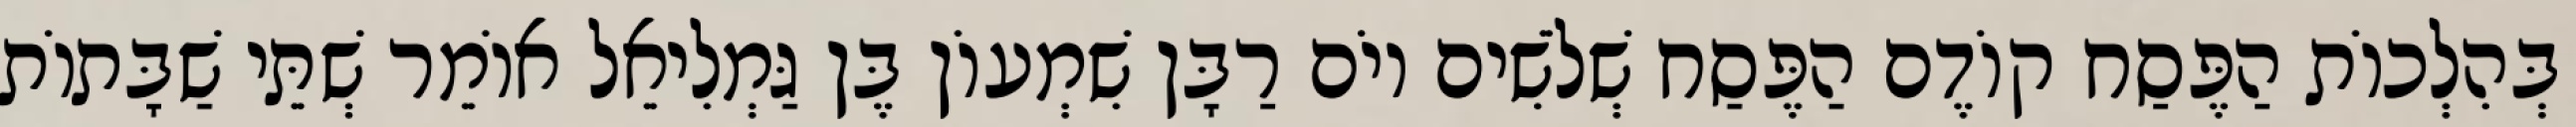
בְּהִלְכוֹת הַפֶּסַח קוֹדֶם הַפֶּסַח שְׁלֹשִׁים יוֹם רַבָּן שִׁמְעוֹן בֶּן גַּמְלִיאֵל אוֹמֵר שְׁתֵּי שַׁבָּתוֹת